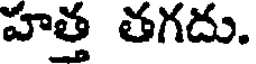
హత్త తగదు.